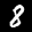
Label: 8